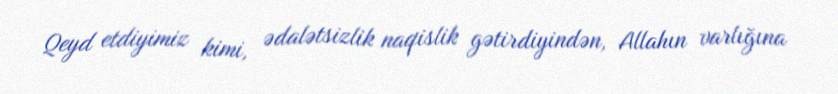
Qeyd etdiyimiz kimi, ədalətsizlik naqislik gətirdiyindən, Allahın varlığına